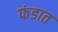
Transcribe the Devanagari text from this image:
फंडात